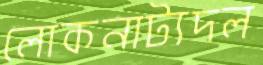
লোকনাট্যদল